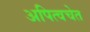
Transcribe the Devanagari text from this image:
अपित्वचेत